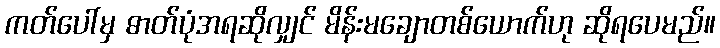
ကတ်ပေါ်မှ ဓာတ်ပုံအရဆိုလျှင် မိန်းမချောတစ်ယောက်ဟု ဆိုရပေမည်။